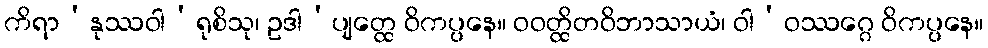
ကိရာ’နုဿဝါ’ရုစိသု၊ ဥဒါ’ပျတ္ထေ ဝိကပ္ပနေ။ ဝဝတ္ထိတဝိဘာသာယံ၊ ဝါ’ဝဿဂ္ဂေ ဝိကပ္ပနေ။